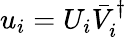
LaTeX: u_{i}=U_{i}\bar{V}_{i}^{\dagger}